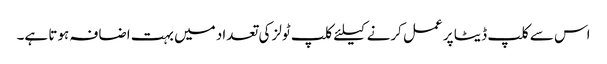
اس سے کلپ ڈیٹا پر عمل کرنے کیلئے کلپ ٹولز کی تعداد میں بہت اضافہ ہوتا ہے۔